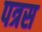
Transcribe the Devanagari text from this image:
पत्रस